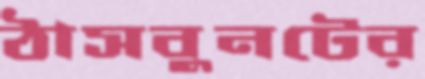
ঠাসবুনটের